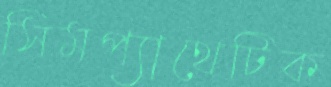
সিমপ্যাথেটিক